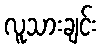
လူသားချင်း